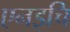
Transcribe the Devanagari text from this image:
एनइचि